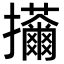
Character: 𢺊